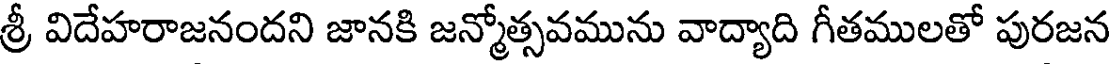
శ్రీ విదేహరాజనందని జానకి జన్మోత్సవమును వాద్యాది గీతములతో పురజన